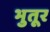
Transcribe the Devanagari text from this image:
भुतूर